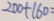
2 0 0 + 1 6 0 =